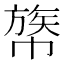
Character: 𢄧